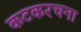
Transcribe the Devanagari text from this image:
कटकरचना